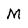
Character: M